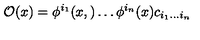
{ \cal O } ( x ) = \phi ^ { i _ { 1 } } ( x , ) \dots \phi ^ { i _ { n } } ( x ) c _ { i _ { 1 } \dots i _ { n } }